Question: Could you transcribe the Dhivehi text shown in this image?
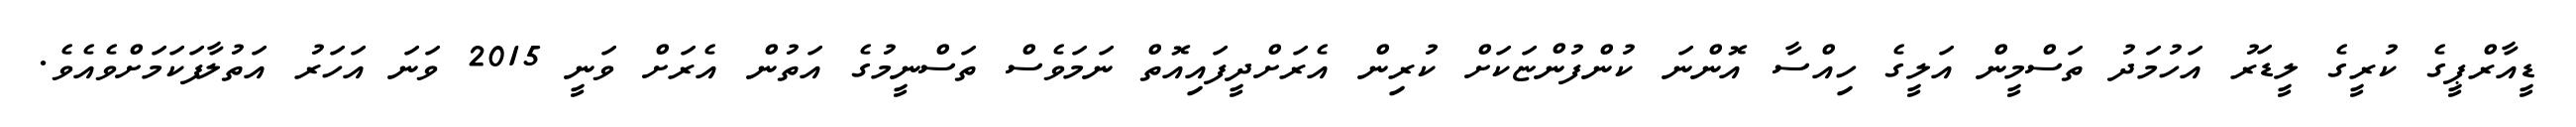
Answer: ޑީއާރްޕީގެ ކުރީގެ ލީޑަރު އަހުމަދު ތަސްމީން އަލީގެ ހިއްސާ އޮންނަ ކުންފުންޏަކަށް ކުރިން އެރަށްދީފައިއޮތް ނަމަވެސް ތަސްނީމުގެ އަތުން އެރަށް ވަނީ 2015 ވަނަ އަހަރު އަތުލާފަކަމަށްވެއެވެ.